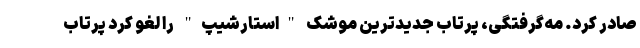
صادر کرد. مه‌گرفتگی، پرتاب جدیدترین موشک "استارشیپ" را لغو کرد پرتاب